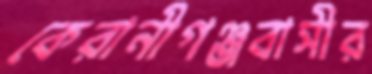
কেরানীগঞ্জবাসীর